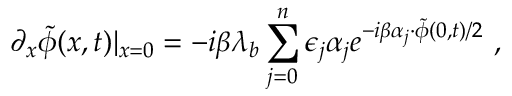
\partial _ { x } \tilde { \phi } ( x , t ) | _ { x = 0 } = - i \beta \lambda _ { b } \sum _ { j = 0 } ^ { n } \epsilon _ { j } \alpha _ { j } e ^ { - i \beta \alpha _ { j } \cdot \tilde { \phi } ( 0 , t ) / 2 } \ ,